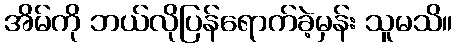
အိမ်ကို ဘယ်လိုပြန်ရောက်ခဲ့မှန်း သူမသိ။